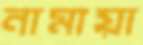
নামায়া